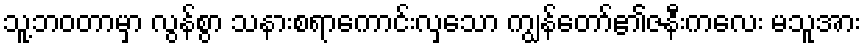
သူ့ဘဝတာမှာ လွန်စွာ သနားစရာကောင်းလှသော ကျွန်တော်၏ဇနီးကလေး မသူအား